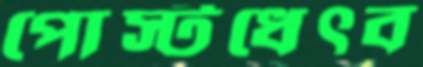
পোস্টধেৎব